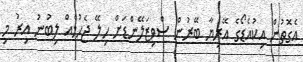
އެގޮތުން އިކުއެޑޯގެ އޭރިޔާ ބޭރުން ސްވިޒަލޭންޑަށް ހިލޭ ޖެހުމެއް ލިބުނު އިރު މި